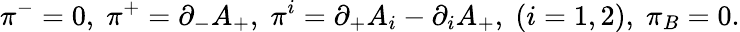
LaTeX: {\pi}^{-}=0,\; {\pi}^{+}={\partial}_{-}A_{+},\; {\pi}^{i}={\partial}_{+}A_{i}-{\partial}_{i}A_{+},\; (i=1,2),\; {\pi}_{B}=0.